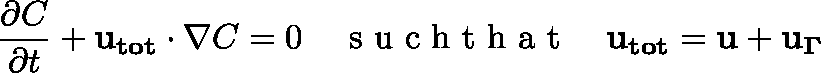
\frac { \partial C } { \partial t } + \mathbf { u _ { t o t } } \cdot \nabla C = 0 \quad \mathrm { ~ s ~ u ~ c ~ h ~ t ~ h ~ a ~ t ~ } \quad \mathbf { u _ { t o t } } = \mathbf { u } + \mathbf { u _ { \Gamma } }